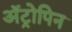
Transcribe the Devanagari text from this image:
अॅट्रोपिन